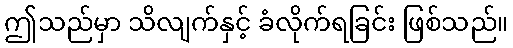
ဤသည်မှာ သိလျက်နှင့် ခံလိုက်ရခြင်း ဖြစ်သည်။